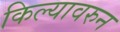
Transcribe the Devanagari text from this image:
किल्यावरुन